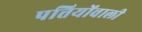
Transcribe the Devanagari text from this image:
पत्तियोंवाली